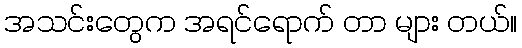
အသင်းတွေက အရင်ရောက် တာ များ တယ်။